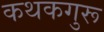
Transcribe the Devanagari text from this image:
कथकगुरू